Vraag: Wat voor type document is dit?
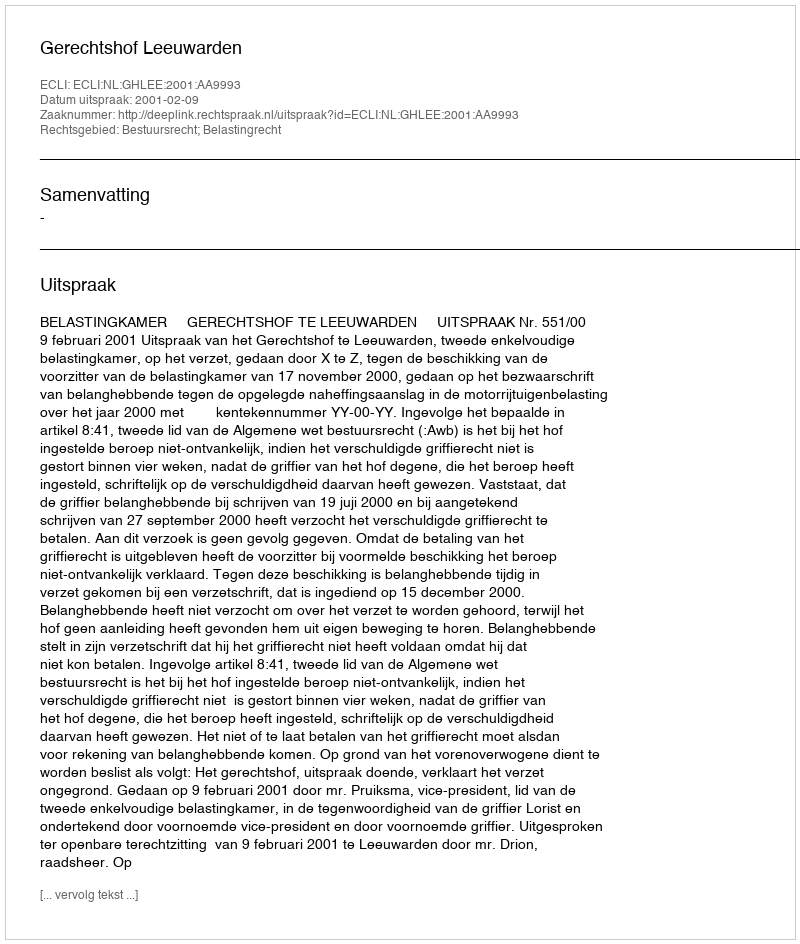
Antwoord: Uitspraak